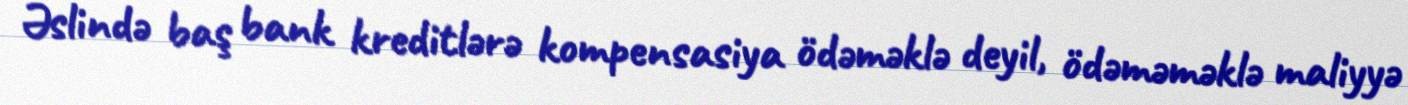
Əslində baş bank kreditlərə kompensasiya ödəməklə deyil, ödəməməklə maliyyə